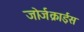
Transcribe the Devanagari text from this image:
जोर्जक्राईस